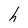
Character: h